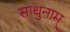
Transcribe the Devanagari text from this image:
साधुनाम्